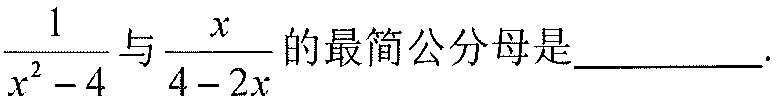
\(\frac{1}{x^{2}-4}\)与\(\frac{x}{4 - 2x}\)的最简公分母是_________.